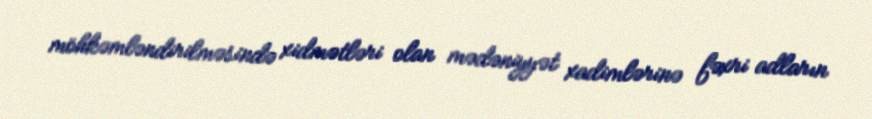
möhkəmləndirilməsində xidmətləri olan mədəniyyət xadimlərinə fəxri adların